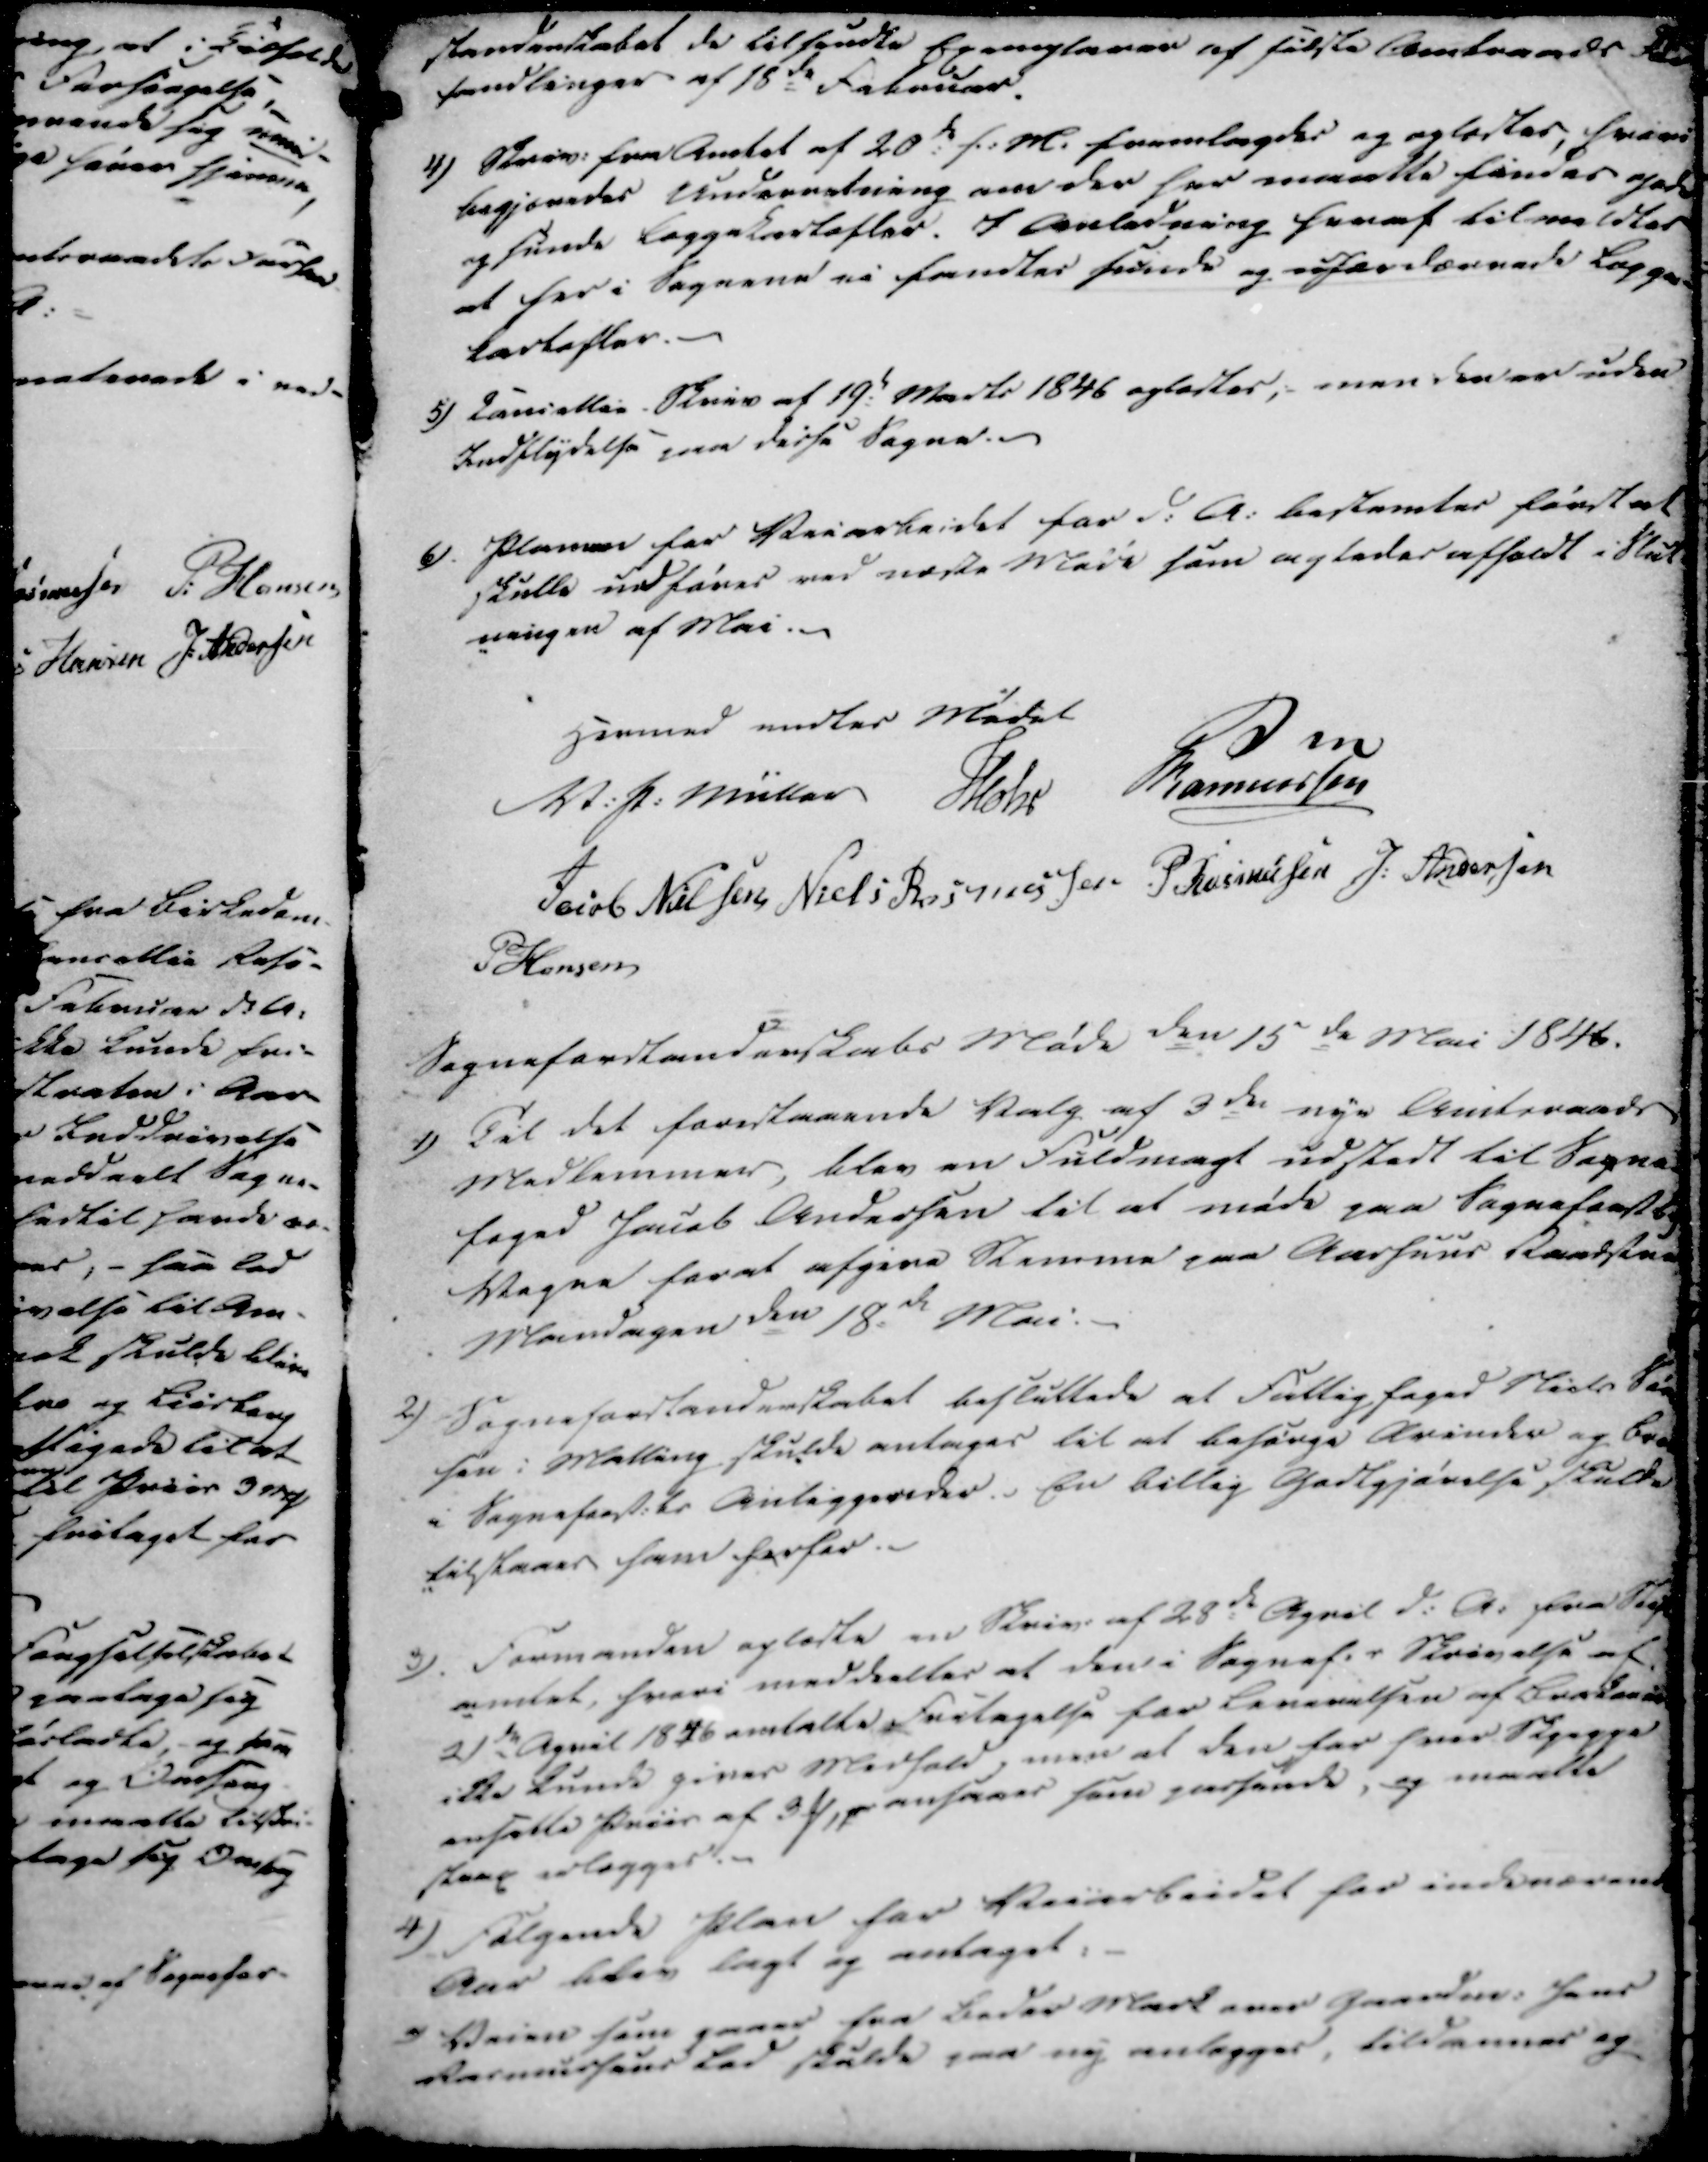
Transskription:
standerskabet de tilsendte Exemplarer af sidste Amtraads
handlinger af 18de Februar.

4)

Skriv. fra Amtet af 20de f.M. fremlagdes og oplæstes, hvori
begjæredes Underretning om der har maatte findes gode
og sunde læggekartofler. I Anledning heraf tilmeldtes
at her i Sognene ei fandtes sunde og ufordærvede lægge-
kartofler.

5)

Cancellie Skriv af 19. Marts 1846 oplæstes; men den er uden
Indflydelse paa disse Sogne.

6).

Planen for Veiarbeidet for d.A. bestemtes først at
skulle udføres ved næste Møde som agtedes afholdt i Slut
-ningen af Mai.

Hermed endtes Mødet

V. P. Müller
Mohr
Rasmussen
Jacob Nielsen
Niels Rasmussen
P Rasmussen
J. Andersen
P Hansen

Sogneforstanderskabs Møde den 15de Mai 1846.

1)

Til det forestaaende Valg af 3de nye Amtsraads
Medlemmer, blev en Fuldmagt udstedt til Sogne-
foged Jacob Andersen til at møde paa Sogneforstbs.
Vegne for at afgive Stemme paa Aarhuus Raadstaa
Mandagen den 18de Mai.

2)

Sogneforstanderskabet besluttede at Fattigfoged Niels Søn
sen i Malling skulde antages til at besørge Qvinder og Børn
i Sogneforst.ks Anliggereder. En billig Godtgjørelse skulde
tilstaaes ham herfor.

3).

Formanden oplæste en Skriv. af 28de April d.A. fra Stift
amtet, hvori meddeeltes at den i Sognef.s Skrivelse af
21de April 1846 omtalte Fritagelse for Leverelsen af Brakorn
ikke kunde gives Medhold, men at den for hver Skjeppe
ansatte Priis af 3 ₻, p ansaaes som passende, og maatte
strax erlægges.

4)

Følgende Plan for Veiarbeidet for indeværende
Aar blev lagt og antaget:

a)

Veien som gaaer fra Beder Mark over Gaardm. Jens
Rasmussens Lod skulde paa ny anlægges, tildæmmes og